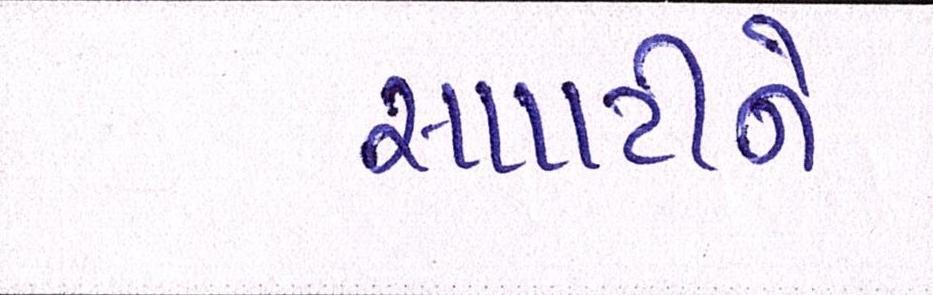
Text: સપાટીને